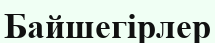
Байшегірлер